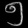
Digit: ၅